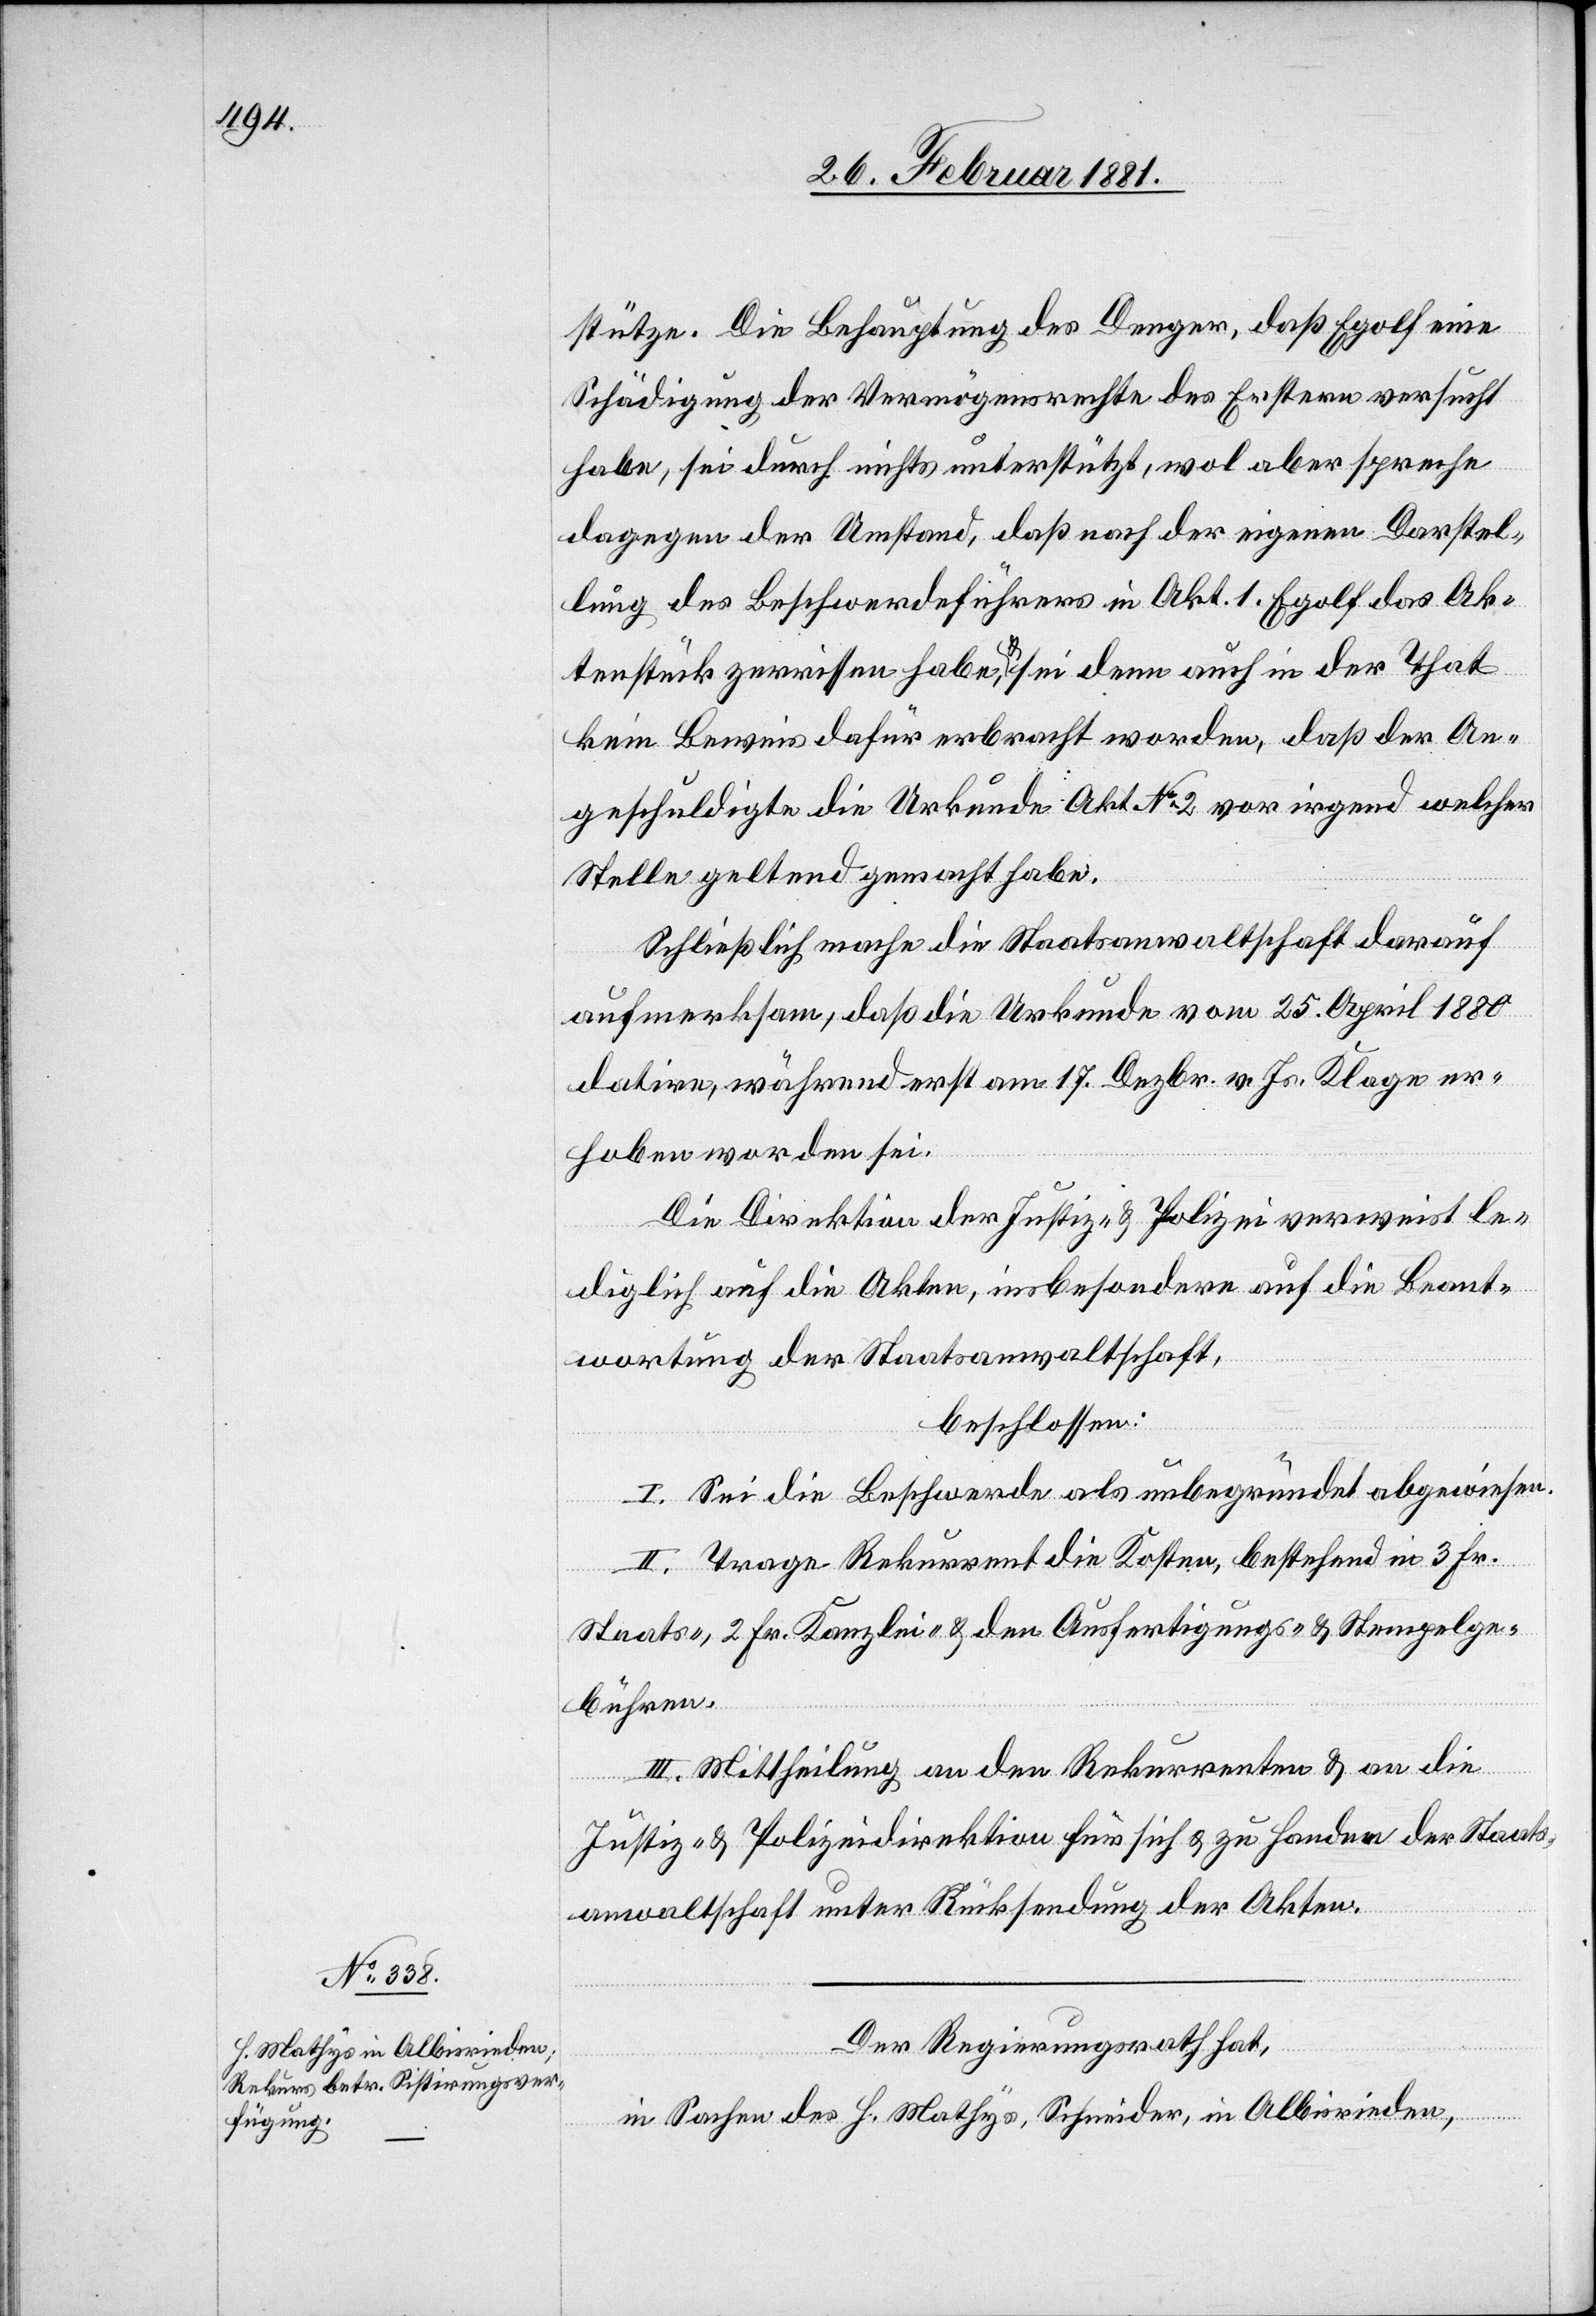
stütze. Die Behauptung des Denger, daß Egolf eine
Schädigung der Vermögenswerthe des Erstern versucht
habe, sei durch nichts unterstützt, wol aber spreche
dagegen der Umstand, daß nach der eigenen Darstel¬
lung des Beschwerdeführers in Akt. 1 Egolf das Ak¬
tenstück zerrissen habe & sei denn auch in der That
kein Beweis dafür erbracht worden, daß der An¬
geschuldigte die Urkunde Akt. No 2 vor irgend welcher
Stelle geltend gemacht habe.
Schließlich mache die Staatsanwaltschaft darauf
aufmerksam, daß die Urkunde vom 25. April 1880
datire, während erst am 17. Dezbr. v. Js. Klage er¬
hoben worden sei.
Die Direktion der Justiz & Polizei verweist le¬
diglich auf die Akten, insbesondere auf die Beant¬
wortung der Staatsanwaltschaft,
beschlossen:
I. Sei die Beschwerde als unbegründet abgewiesen.
II. Trage Rekurrent die Kosten, bestehend in 3 Fr.
Staats-, 2 Fr. Kanzlei- & den Ausfertigungs- & Stempelge¬
bühren.
III. Mittheilung an den Rekurrenten & an die
Justiz- & Polizeidirektion für sich & zu Handen der Staats¬
anwaltschaft unter Rücksendungen der Akten.
Der Regierungsrath hat,
in Sachen des H. Mathys, Schneider, in Albisrieden,